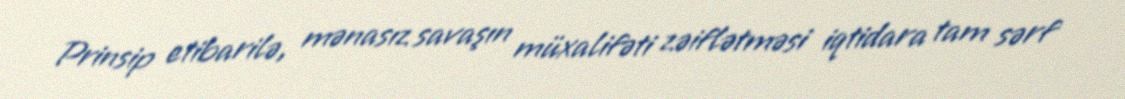
Prinsip etibarilə, mənasız savaşın müxalifəti zəiflətməsi iqtidara tam sərf